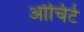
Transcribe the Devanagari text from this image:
ओचिर्ट